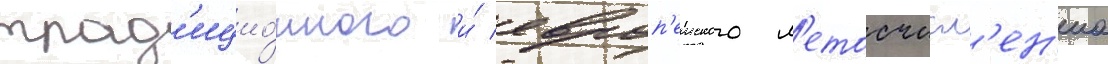
трад'ицио́нного и́ европ'еиского л'етосчисл'ен'иа